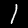
Digit: 1